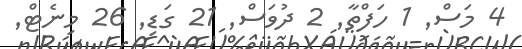
4 މަސް